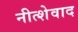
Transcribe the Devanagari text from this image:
नीत्शेवाद